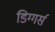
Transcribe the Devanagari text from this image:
डिग्गर्स